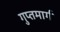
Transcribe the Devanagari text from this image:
गुप्तमार्ग